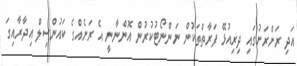
އަދި ރަށްރަށުގައި ދިރިއުޅޭ ފަރާތްތަކުން ނަންނޯޓުކުރުން އޮންނާނީ އެ ރަށެއްގެ ކައުންސިލް އިދާރާއިގަ